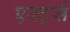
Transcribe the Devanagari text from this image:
एर्स्ट्स